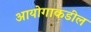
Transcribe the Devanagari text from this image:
आयोगाकडील